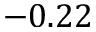
- 0 . 2 2